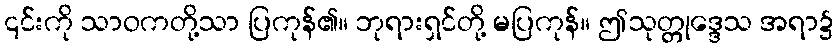
၎င်းကို သာဝကတို့သာ ပြကုန်၏။ ဘုရားရှင်တို့ မပြကုန်။ ဤသုတ္တုဒ္ဒေသ အရာ၌